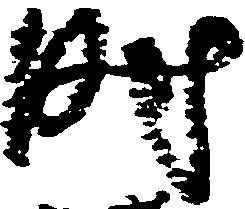
時